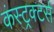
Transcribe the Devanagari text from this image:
कंस्ट्रक्टर्स